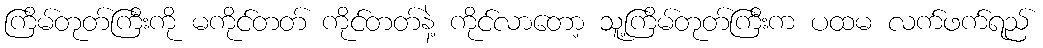
ကြိမ်တုတ်ကြီးကို မကိုင်တတ် ကိုင်တတ်နဲ့ ကိုင်လာတော့ သူ့ကြိမ်တုတ်ကြီးက ပထမ လက်ဖက်ရည်